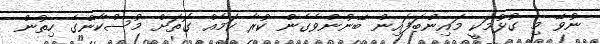
ނުވޭ މި ގުޅުމަކީ މައިންބަފައިން ބޭނުންވެގެން ކުރާ ކަމެއް ގޮތަށް މުސްކާންގެ ހިތުން